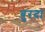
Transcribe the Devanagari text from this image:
बुरदा